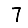
Digit: 7